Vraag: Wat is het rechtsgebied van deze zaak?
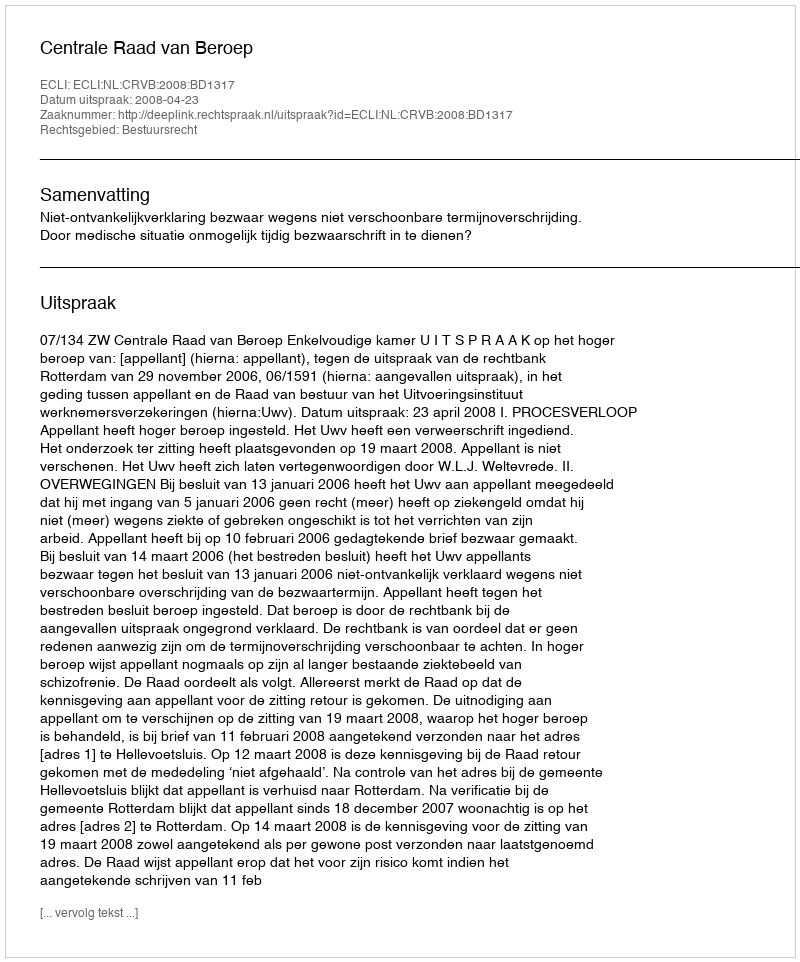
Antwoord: Bestuursrecht